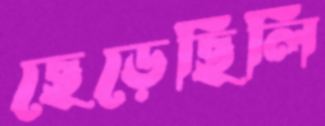
ছেড়েছিলি